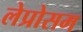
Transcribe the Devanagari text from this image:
लेप्रोसम